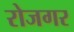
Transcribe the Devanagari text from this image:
रोजगर